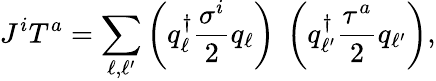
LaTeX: J^{i}T^{a}=\sum_{\ell,\ell^{\prime}}\left(q_{\ell}^{\dagger}{\frac{\sigma^{i}}{2}}q_{\ell}\right)\ \left(q_{\ell^{\prime}}^{\dagger}{\frac{\tau^{a}}{2}}q_{\ell^{\prime}}\right),